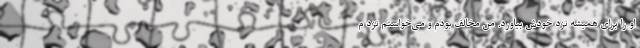
او را برای همیشه نزد خودش بیاورد. من مخالف بودم و می‌خواستم نزد م